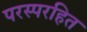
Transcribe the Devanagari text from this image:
परस्परहित